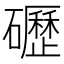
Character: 礰